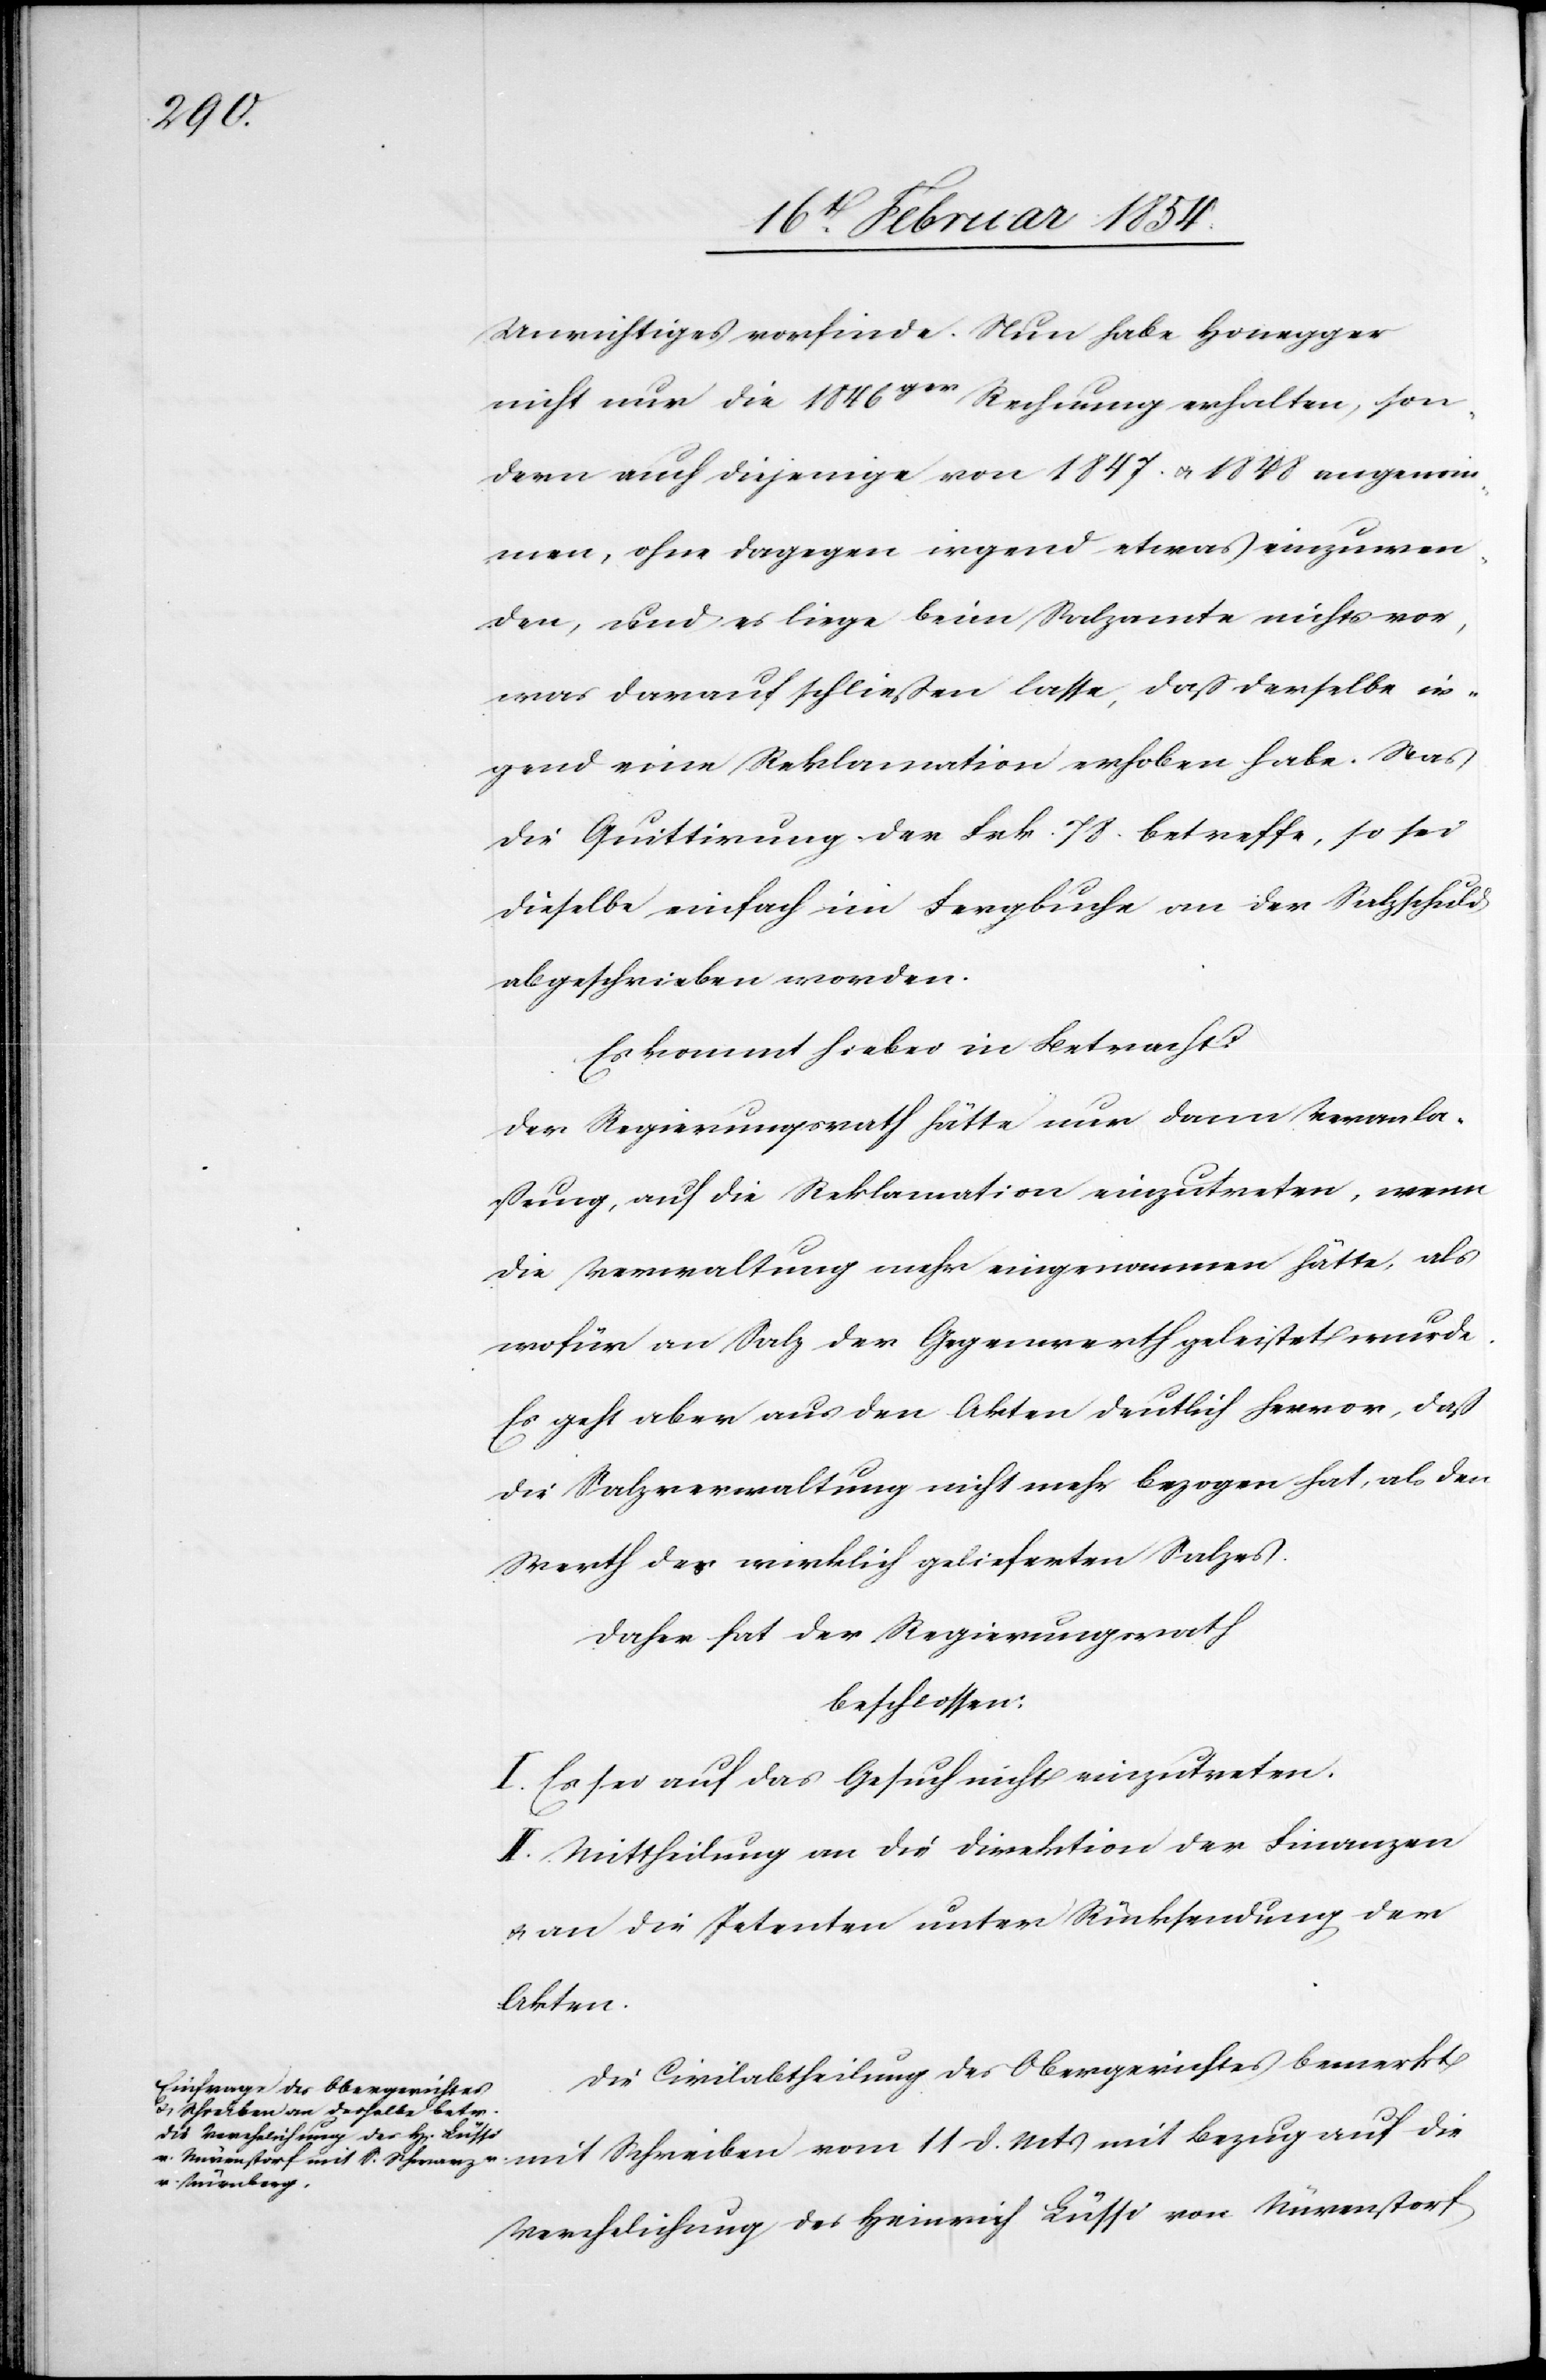
11 d.

Unrichtiges vorfinde. Nun habe Honegger
nicht nur die 1846ger Rechnung erhalten, son¬
dern auch diejenige von 1847 u. 1848 angenom¬
men, ohne dagegen irgend etwas einzuwen¬
den, und es liege beim Salzamte nichts vor,
was darauf schließen lasse, daß derselbe ir¬
gend eine Reklamation erhoben habe. Was
die Quittirung der Frk. 78. betreffe, so sei
dieselbe einfach im Fergbuche an der Salzschuld
abgeschrieben worden.
Es kommt hiebei in Betracht:
Der Regierungsrath hätte nur dann Veranla¬
ßung, auf die Reklamation einzutreten, wenn
die Verwaltung mehr eingenommen hätte, als
wofür an Salz der Gegenwerth geleistet wurde.
Es geht aber aus den Akten deutlich hervor, daß
die Salzverwaltung nicht mehr bezogen hat, als den
Werth des wirklich gelieferten Salzes.
Daher hat der Regierungsrath
beschlossen:
I. Es sei auf das Gesuch nicht einzutreten.
II. Mittheilung an die Direktion der Finanzen
u. an die Petenten unter Rücksendung der
Akten.
Die Civilabtheilung des Obergerichtes bemerkt
Verehelichung des Heinrich Lüssi von Nürenstorf